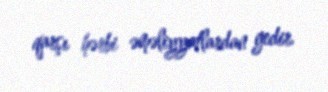
qarşı hərbi əməliyyatlardan gedir.